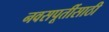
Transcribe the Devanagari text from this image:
नवसपूर्तीसाठी